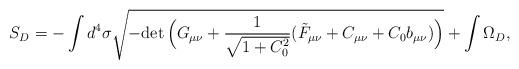
LaTeX: \begin{align*}S_D = -\int d^4 \sigma \sqrt{-{\rm det}\, \Big(G_{\mu\nu} +\frac{1}{\sqrt{1+C_0^2}} (\tilde{F}_{\mu\nu}+C_{\mu\nu}+C_0b_{\mu\nu})\Big)}+\int \Omega_D ,\end{align*}